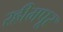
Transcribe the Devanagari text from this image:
रहीमपूर